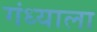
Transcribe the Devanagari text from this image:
गंध्याला